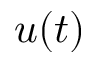
u ( t )